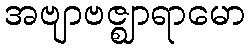
အဗျာဗဇ္ဈာရာမော